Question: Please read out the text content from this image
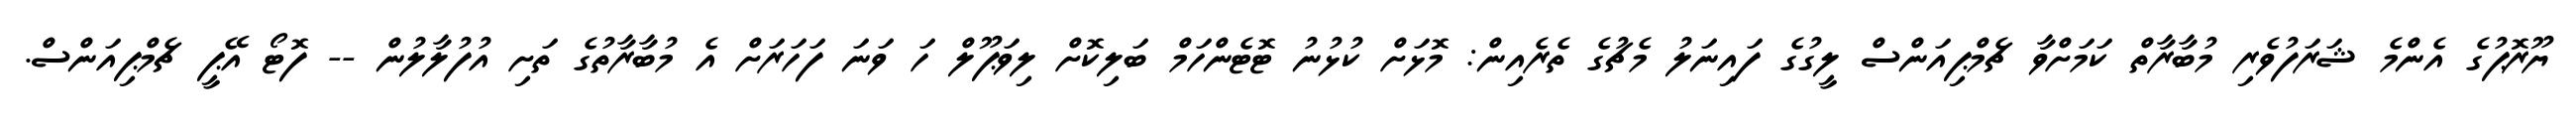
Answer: ޔޫރޮޕުގެ އެންމެ ޝަރަފުވެރި މުބާރާތް ކަމަށްވާ ޗެމްޕިއަންސް ލީގުގެ ފައިނަލު މެޗުގެ ތެރެއިން: މޮޅަށް ކުޅުނު ޓޮޓެންހަމް ބަލިކޮށް ލިވަޕޫލް ހަ ވަނަ ފަހަރަށް އެ މުބާރާތުގެ ތަށި އުފުލާލުން -- ފޮޓޯ އޭޕީ ޗެމްޕިއަންސް.